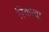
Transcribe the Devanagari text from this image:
रिकोचा